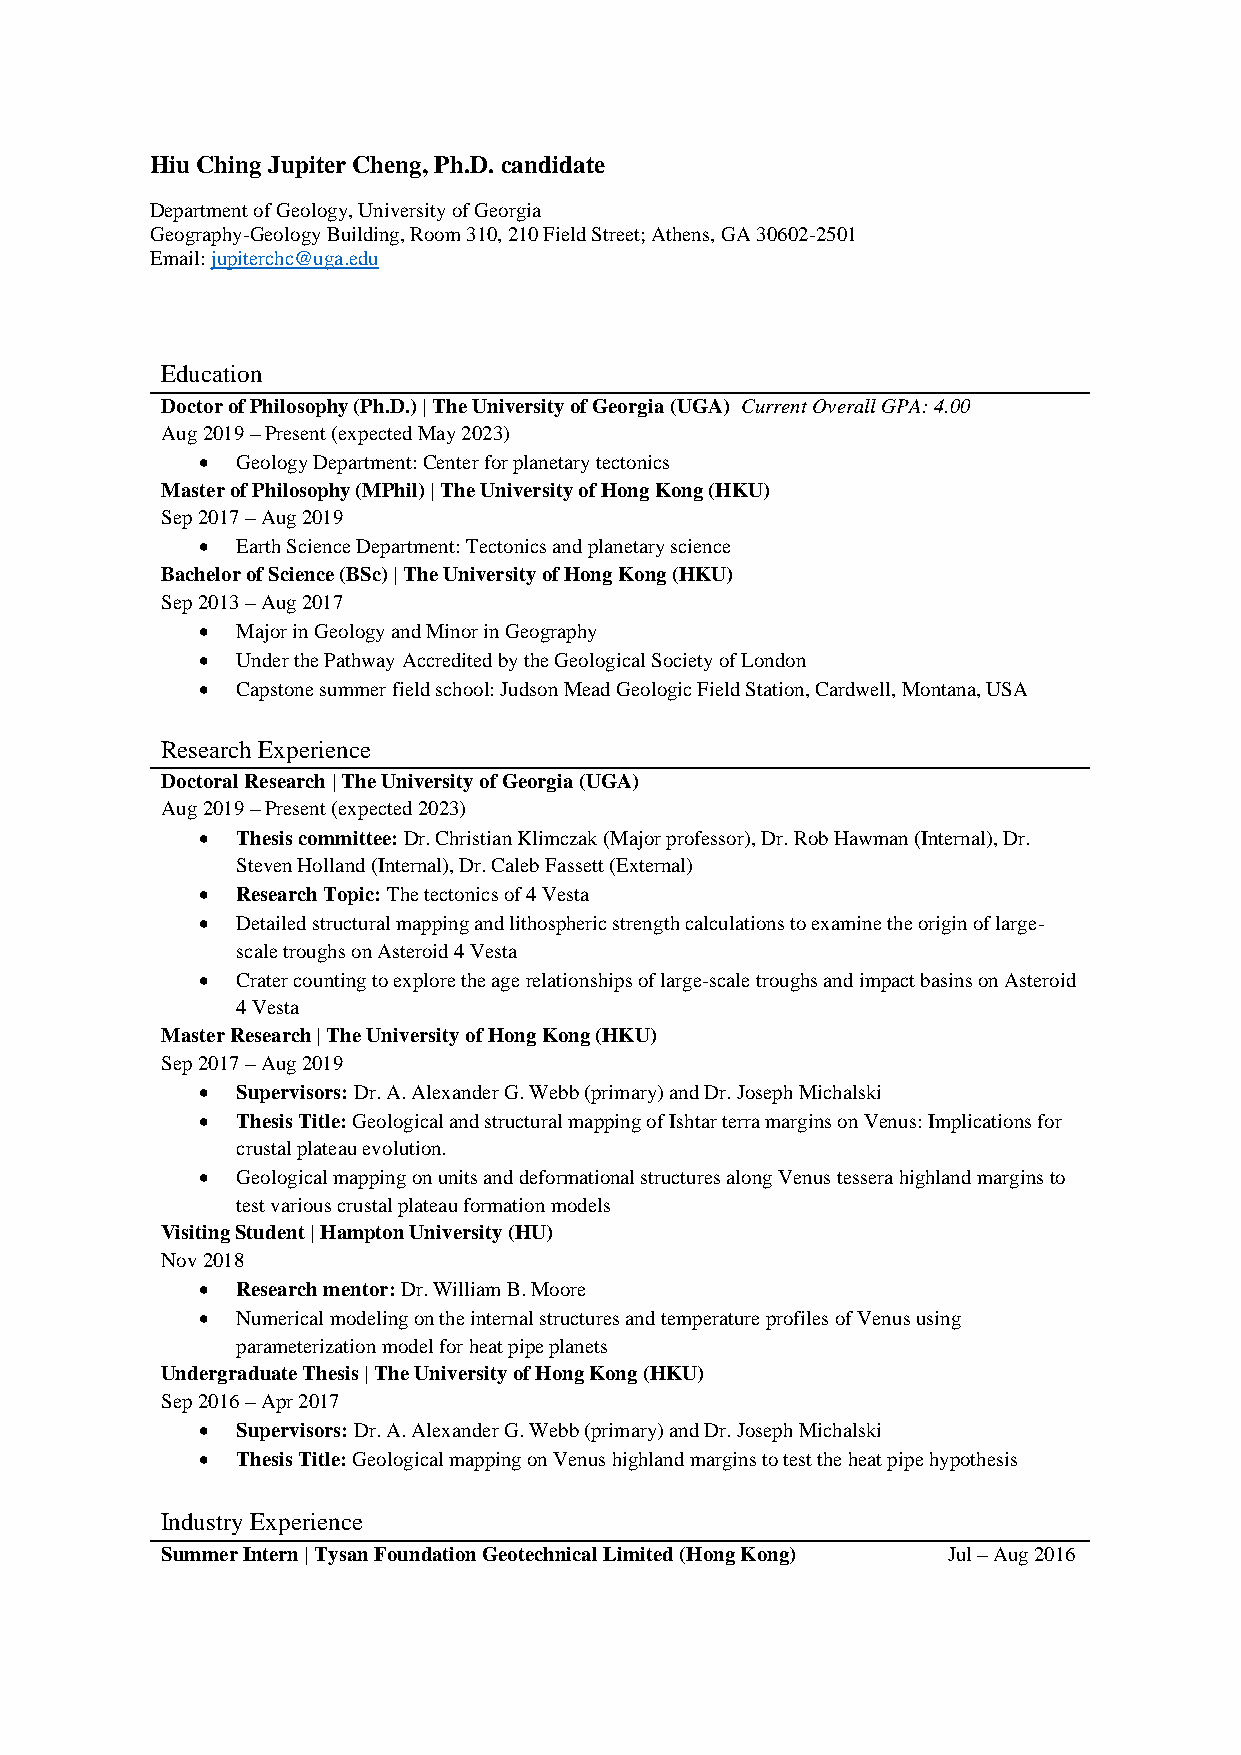
Hiu Ching Jupiter Cheng, Ph.D. candidate
 Department of Geology, University of Georgia
 Geography-Geology Building, Room 310, 210 Field Street; Athens, GA 30602-2501
 Email: jupiterchc@uga.edu
 Education
 Doctor of Philosophy (Ph.D.) | The University of Georgia (UGA) Current Overall GPA: 4.00
 Aug 2019 – Present (expected May 2023)
 •  Geology Department: Center for planetary tectonics
 Master of Philosophy (MPhil) | The University of Hong Kong (HKU)
 Sep 2017 – Aug 2019
 •  Earth Science Department: Tectonics and planetary science
 Bachelor of Science (BSc) | The University of Hong Kong (HKU)
 Sep 2013 – Aug 2017
 •  Major in Geology and Minor in Geography
 •  Under the Pathway Accredited by the Geological Society of London
 •  Capstone summer field school: Judson Mead Geologic Field Station, Cardwell, Montana, USA
 Research Experience
 Doctoral Research | The University of Georgia (UGA)
 Aug 2019 – Present (expected 2023)
 •  Thesis committee: Dr. Christian Klimczak (Major professor), Dr. Rob Hawman (Internal), Dr.
 Steven Holland (Internal), Dr. Caleb Fassett (External)
 •  Research Topic: The tectonics of 4 Vesta
 •  Detailed structural mapping and lithospheric strength calculations to examine the origin of large-
 scale troughs on Asteroid 4 Vesta
 •  Crater counting to explore the age relationships of large-scale troughs and impact basins on Asteroid
 4 Vesta
 Master Research | The University of Hong Kong (HKU)
 Sep 2017 – Aug 2019
 •  Supervisors: Dr. A. Alexander G. Webb (primary) and Dr. Joseph Michalski
 •  Thesis Title: Geological and structural mapping of Ishtar terra margins on Venus: Implications for
 crustal plateau evolution.
 •  Geological mapping on units and deformational structures along Venus tessera highland margins to
 test various crustal plateau formation models
 Visiting Student | Hampton University (HU)
 Nov 2018
 •  Research mentor: Dr. William B. Moore
 •  Numerical modeling on the internal structures and temperature profiles of Venus using
 parameterization model for heat pipe planets
 Undergraduate Thesis | The University of Hong Kong (HKU)
 Sep 2016 – Apr 2017
 •  Supervisors: Dr. A. Alexander G. Webb (primary) and Dr. Joseph Michalski
 •  Thesis Title: Geological mapping on Venus highland margins to test the heat pipe hypothesis
 Industry Experience
 Summer Intern | Tysan Foundation Geotechnical Limited (Hong Kong) Jul – Aug 2016